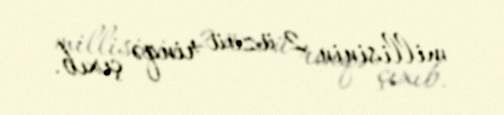
millisinin 2 üzvü rinqə çıxıb.